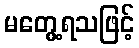
မတွေ့ရသဖြင့်